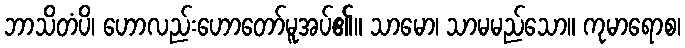
ဘာသိတံပိ၊ ဟောလည်းဟောတော်မူအပ်၏။ သာမော၊ သာမမည်သော။ ကုမာရောစ၊